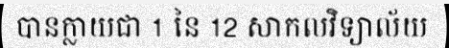
បានក្លាយជា 1 នៃ 12 សាកលវិទ្យាល័យ